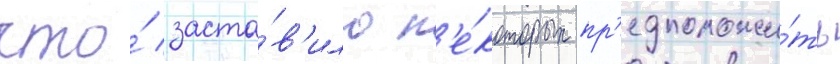
что́ заста́в'ило н'е́которых пр'едположи́ть